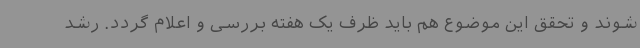
شوند و تحقق این موضوع هم باید ظرف یک هفته بررسی و اعلام گردد. رشد